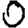
Digit: 0